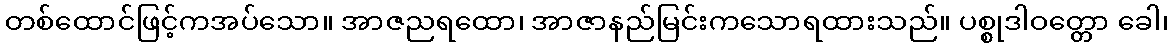
တစ်ထောင်ဖြင့်ကအပ်သော။ အာဇညရထော၊ အာဇာနည်မြင်းကသောရထားသည်။ ပစ္စုဒါဝတ္တော ခေါ၊